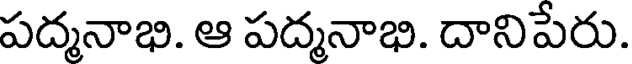
పద్మనాభి. ఆ పద్మనాభి. దానిపేరు.